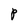
Character: P